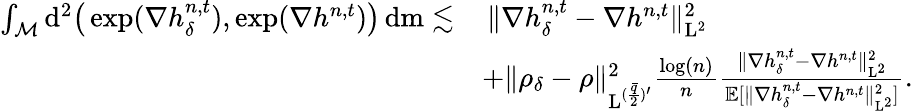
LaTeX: \begin{array}{rl}{\int_{\mathcal{M}}\mathrm{d}^{2}\big(\exp(\nabla h_{\delta}^{n,t}),\exp(\nabla h^{n,t})\big)\, \mathrm{d}\mathrm{m}\lesssim}&{\, \| \nabla h_{\delta}^{n,t}-\nabla h^{n,t}\| _{\mathrm{L}^{2}}^{2}}\\ &{+\| \rho_{\delta}-\rho\| _{\mathrm{L}^{(\frac{\bar{q}}{2})^{\prime}}}^{2}\frac{\log(n)}{n}\frac{\| \nabla h_{\delta}^{n,t}-\nabla h^{n,t}\| _{\mathrm{L}^{2}}^{2}}{\mathbb{E}[\| \nabla h_{\delta}^{n,t}-\nabla h^{n,t}\| _{\mathrm{L}^{2}}^{2}]}.}\end{array}